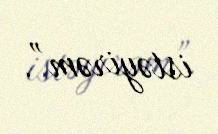
istəyirəm”.